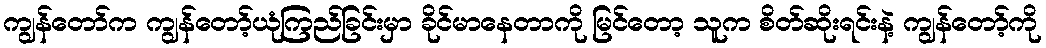
ကျွန်တော်က ကျွန်တော့်ယုံကြည်ခြင်းမှာ ခိုင်မာနေတာကို မြင်တော့ သူက စိတ်ဆိုးရင်းနဲ့ ကျွန်တော့်ကို